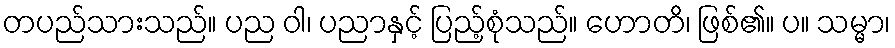
တပည်သားသည်။ ပည ဝါ၊ ပညာနှင့် ပြည့်စုံသည်။ ဟောတိ၊ ဖြစ်၏။ ပ။ သမ္မာ၊